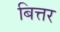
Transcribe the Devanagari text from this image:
बित्तर